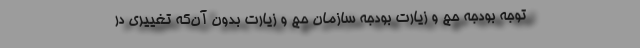
توجه بودجه حج و زیارت بودجه سازمان حج و زیارت بدون آن‌که تغییری در